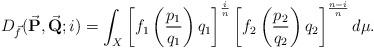
LaTeX: \begin{align*}D_{\vec f}(\vec{\textbf{P}}, \vec{\textbf{Q}};i )= \int_{X} \left[f_1 \left(\frac{p_1}{q_1} \right) q_1 \right]^{\frac{i}{n}} \left[f_2 \left(\frac{p_2}{q_2} \right) q_2 \right]^{\frac{n-i}{n}}d\mu.\end{align*}